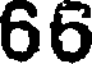
66